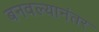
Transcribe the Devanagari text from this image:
बनवल्यानंतर